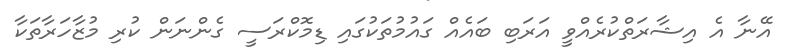
އޭނާ އެ އިޝާރަތްކުރެއްވީ އަރަބި ބައެއް ގައުމުތަކުގައި ޑިމޮކްރަސީ ގެންނަން ކުރި މުޒާހަރާތަކާ